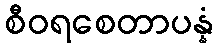
စီဝရစေတာပန္နံ